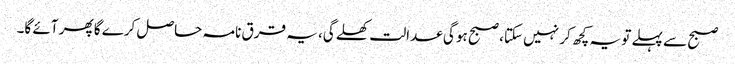
صبح سے پہلے تو یہ کچھ کر نہیں سکتا، صبح ہو گی عدالت کھلے گی، یہ قرق نامہ حاصل کرے گا پھر آئے گا۔